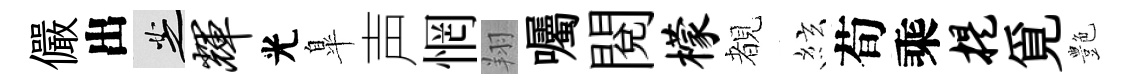
儼出芝辉光臯声惘翔囑閲檬覩絃荀乘提覓艶